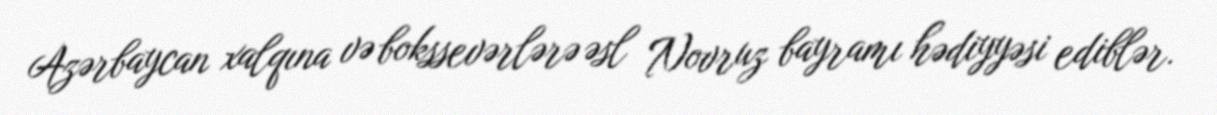
Azərbaycan xalqına və bokssevərlərə əsl Novruz bayramı hədiyyəsi ediblər.